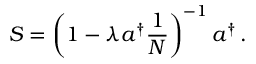
S = \left( 1 - \lambda a ^ { \dagger } { \frac { 1 } { N } } \right) ^ { - 1 } a ^ { \dagger } \, .